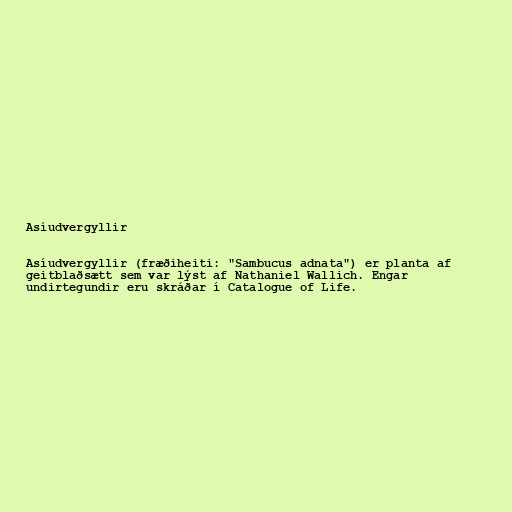
Asíudvergyllir

Asíudvergyllir (fræðiheiti: "Sambucus adnata") er planta af
geitblaðsætt sem var lýst af Nathaniel Wallich. Engar
undirtegundir eru skráðar í Catalogue of Life.